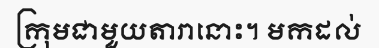
ក្រុមជាមួយតារានោះ។ មកដល់